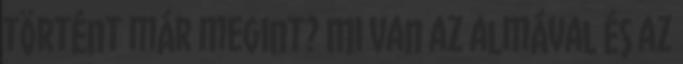
történt már megint? Mi van az almával és az